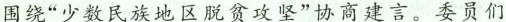
围绕”少数民族地区脱贫攻坚”协商建言。委员们